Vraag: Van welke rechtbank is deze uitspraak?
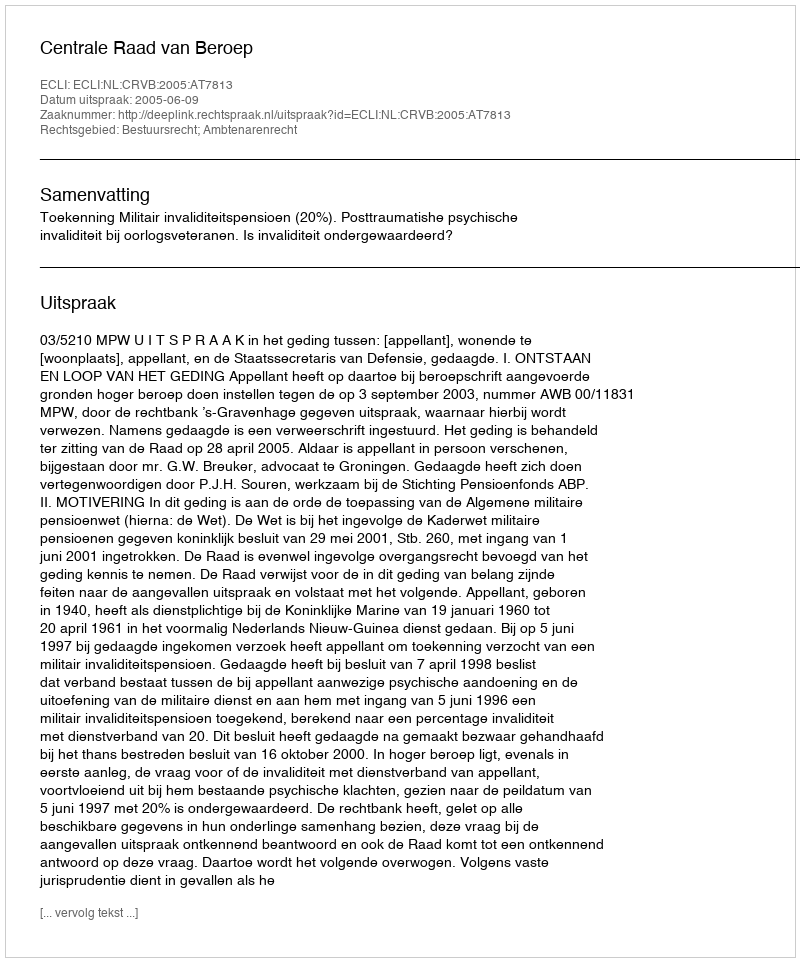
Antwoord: Centrale Raad van Beroep